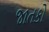
જાતકો